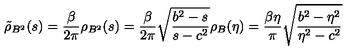
\tilde { \rho } _ { B ^ { 2 } } ( s ) = \frac { \beta } { 2 \pi } \rho _ { B ^ { 2 } } ( s ) = \frac { \beta } { 2 \pi } \sqrt { \frac { b ^ { 2 } - s } { s - c ^ { 2 } } } \rho _ { B } ( \eta ) = \frac { \beta \eta } { \pi } \sqrt { \frac { b ^ { 2 } - \eta ^ { 2 } } { \eta ^ { 2 } - c ^ { 2 } } }